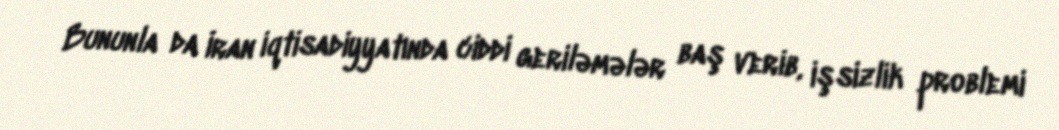
Bununla da İran iqtisadiyyatında ciddi geriləmələr baş verib, işsizlik problemi